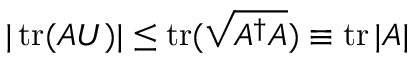
| \operatorname { t r } ( A U ) | \leq \operatorname { t r } ( { \sqrt { A ^ { \dagger } A } } ) \equiv \operatorname { t r } | A |